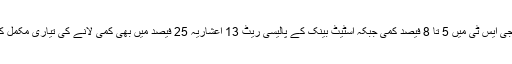
چینی پر جی ایس ٹی میں 5 تا 8 فیصد کمی جبکہ اسٹیٹ بینک کے پالیسی ریٹ 13 اعشاریہ 25 فیصد میں بھی کمی لانے کی تیاری مکمل کرلی گئی۔